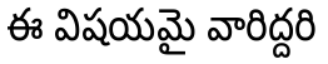
ఈ విషయమై వారిద్దరి